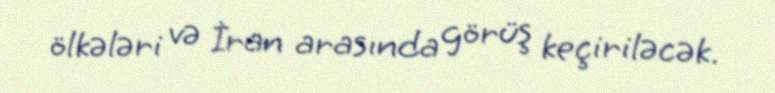
ölkələri və İran arasında görüş keçiriləcək.